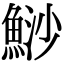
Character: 鯋